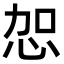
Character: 㤎